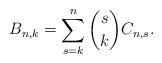
LaTeX: \begin{align*} B_{n,k}= \sum_{s=k}^n \binom{s}{k} C_{n,s}. \end{align*}